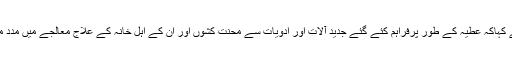
انہوں نے کہاکہ عطیہ کے طور پرفراہم کئے گئے جدید آلات اور ادویات سے محنت کشوں اور ان کے اہل خانہ کے علاج معالجے میں مدد ملے گی ۔